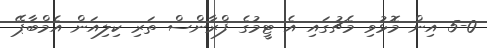
5-0 އިން މޮޅުވި މެޗުގައި އެ ޓީމުގެ ފްރާންސް ތަރި ކިލިއަން އެމްބާޕޭ